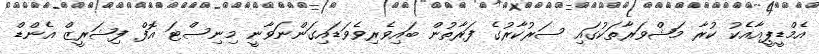
އެމްޑީޕީއާއެކު ކުރާ މަޝްވަރާތަކުގައި ސަރުކާރުގެ ފަރާތުން ބައިވެރިވެވަޑައިގަންނަވާނީ މިނިސްޓަ އޮފް ފިޝަރީޒް އެންޑް